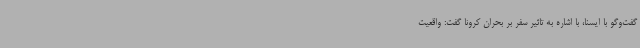
گفت‌وگو با ایسنا، با اشاره به تاثیر سفر بر بحران کرونا گفت: واقعیت